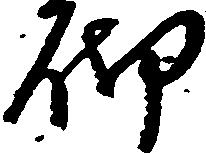
砌